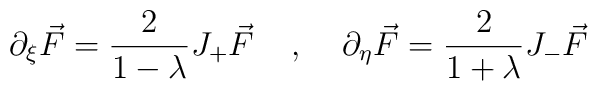
\partial_{\xi} \vec{F} = \frac{2}{1 - \lambda} J_{+} \vec{F}\;\;\;\; , \;\;\;\; \partial_{\eta} \vec{F} = \frac{2}{1 + \lambda} J_{-}\vec{F}